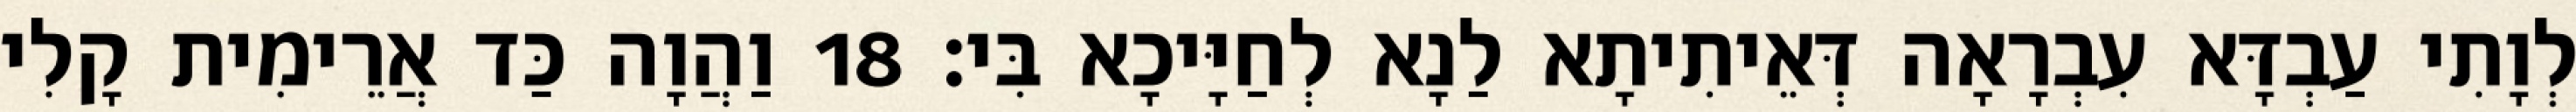
לְוָתִי עַבְדָּא עִבְרָאָה דְּאֵיתִיתָא לַנָא לְחַיָּיכָא בִּי׃ 18 וַהֲוָה כַּד אֲרֵימִית קָלִי